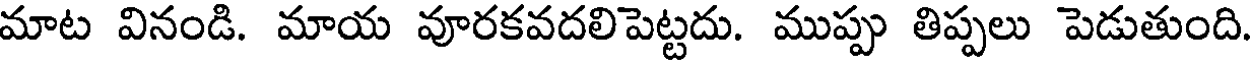
మాట వినండి. మాయ వూరకవదలిపెట్టదు. ముప్పు తిప్పలు పెడుతుంది.